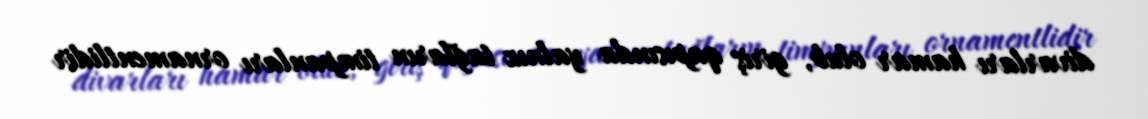
divarları hamar olub, giriş qapısında yalnız tağların timpanları ornamentlidir